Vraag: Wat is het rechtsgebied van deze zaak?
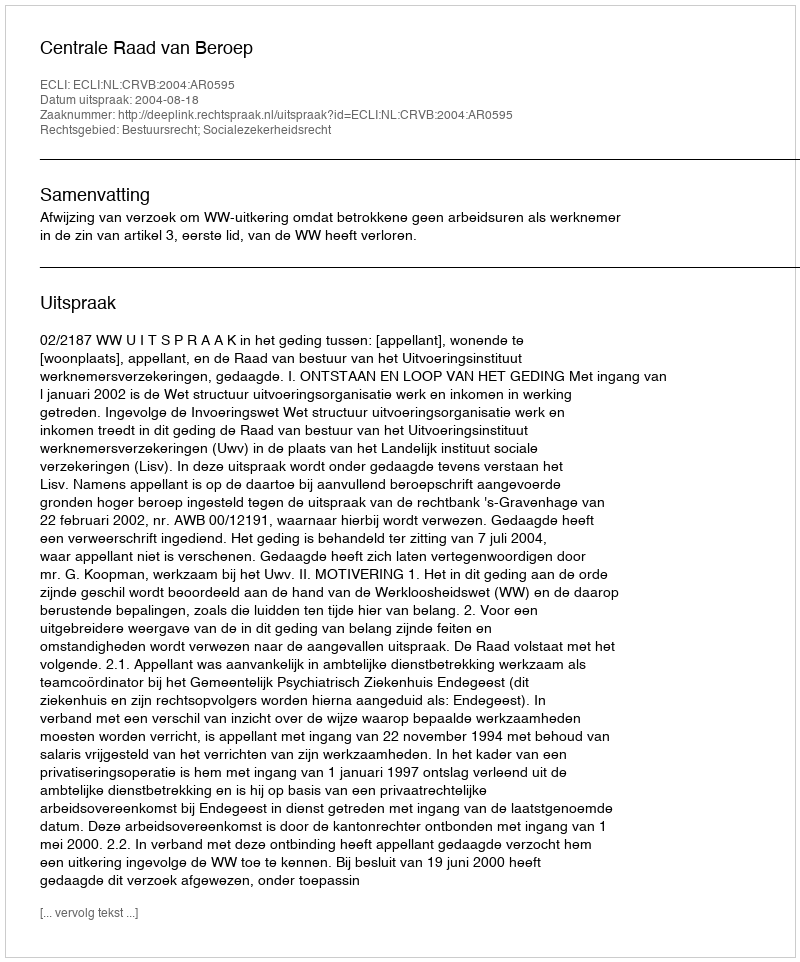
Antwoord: Bestuursrecht; Socialezekerheidsrecht